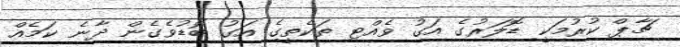
ޗާޕް ކުރުމަކީ ޑޮލަރުގެ އަގު ވެއްޓި ތަކެތީގެ އަގު ބޮޑުވެގެން ދާނެ ކަމެއް